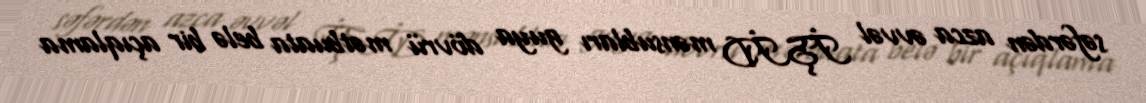
səfərdən azca əvvəl İŞİD mənsubları guya dövrü mətbuata belə bir açıqlama